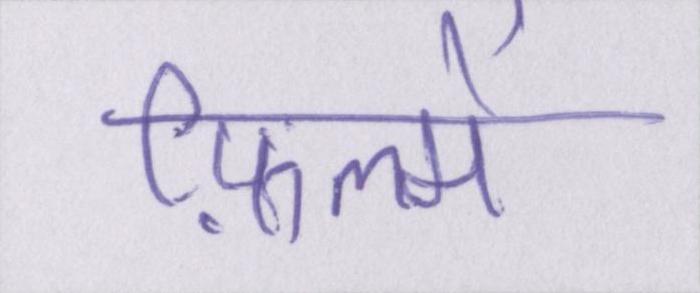
फ़िल्में